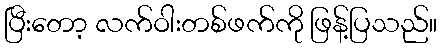
ပြီးတော့ လက်ဝါးတစ်ဖက်ကို ဖြန့်ပြသည်။